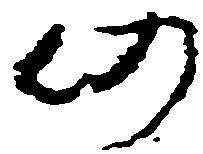
仍